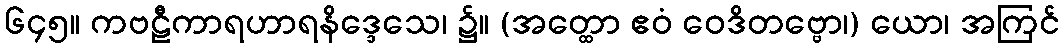
၆၄၅။ ကဗဠီကာရဟာရနိဒ္ဒေသေ၊ ၌။ (အတ္ထော ဧဝံ ဝေဒိတဗ္ဗော၊) ယော၊ အကြင်